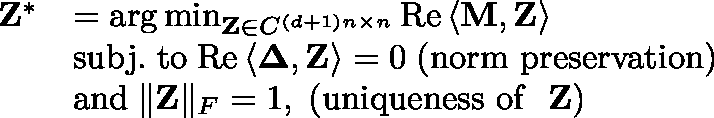
\begin{array} { r l } { \mathbf { Z } ^ { * } } & { = \arg \operatorname* { m i n } _ { \mathbf { Z } \in \mathbb { C } ^ { \left( d + 1 \right) n \times n } } \mathrm { { R e } } \left\langle \mathbf { M } , \mathbf { Z } \right\rangle } \\ & { { \mathrm { s u b j . \; t o } } \; \mathrm { { R e } } \left\langle \mathbf { \Delta } , \mathbf { Z } \right\rangle = 0 \; \mathrm { ( n o r m ~ p r e s e r v a t i o n ) } } \\ & { { \mathrm { a n d } } \; \| \mathbf { Z } \| _ { F } = 1 , \; \mathrm { ( u n i q u e n e s s ~ o f ~ } \; \mathbf { Z } \mathrm { ) } } \end{array}